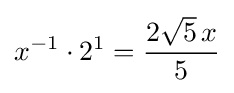
x^{-1}\cdot 2^{1}={\frac {2{\sqrt {5}}\,x}{5}}